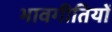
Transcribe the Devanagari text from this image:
भावगीतियों